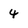
Character: 4